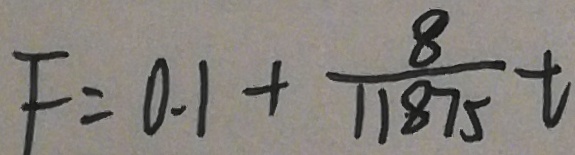
F = 0 . 1 + \frac { 8 } { 1 1 8 7 5 } t